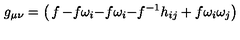
g _ { \mu \nu } = \left( \begin{matrix} { f } & { - f \omega _ { i } } \\ { - f \omega _ { i } } & { - f ^ { - 1 } h _ { i j } + f \omega _ { i } \omega _ { j } } \\ \end{matrix} \right)